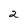
Character: 2